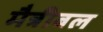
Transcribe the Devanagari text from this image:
मैत्रीबल